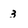
Character: 3